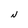
Character: N